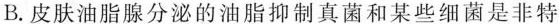
B.皮肤油脂腺分泌的油脂抑制真菌和某些细菌是非特